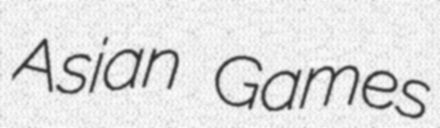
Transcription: Asian Games